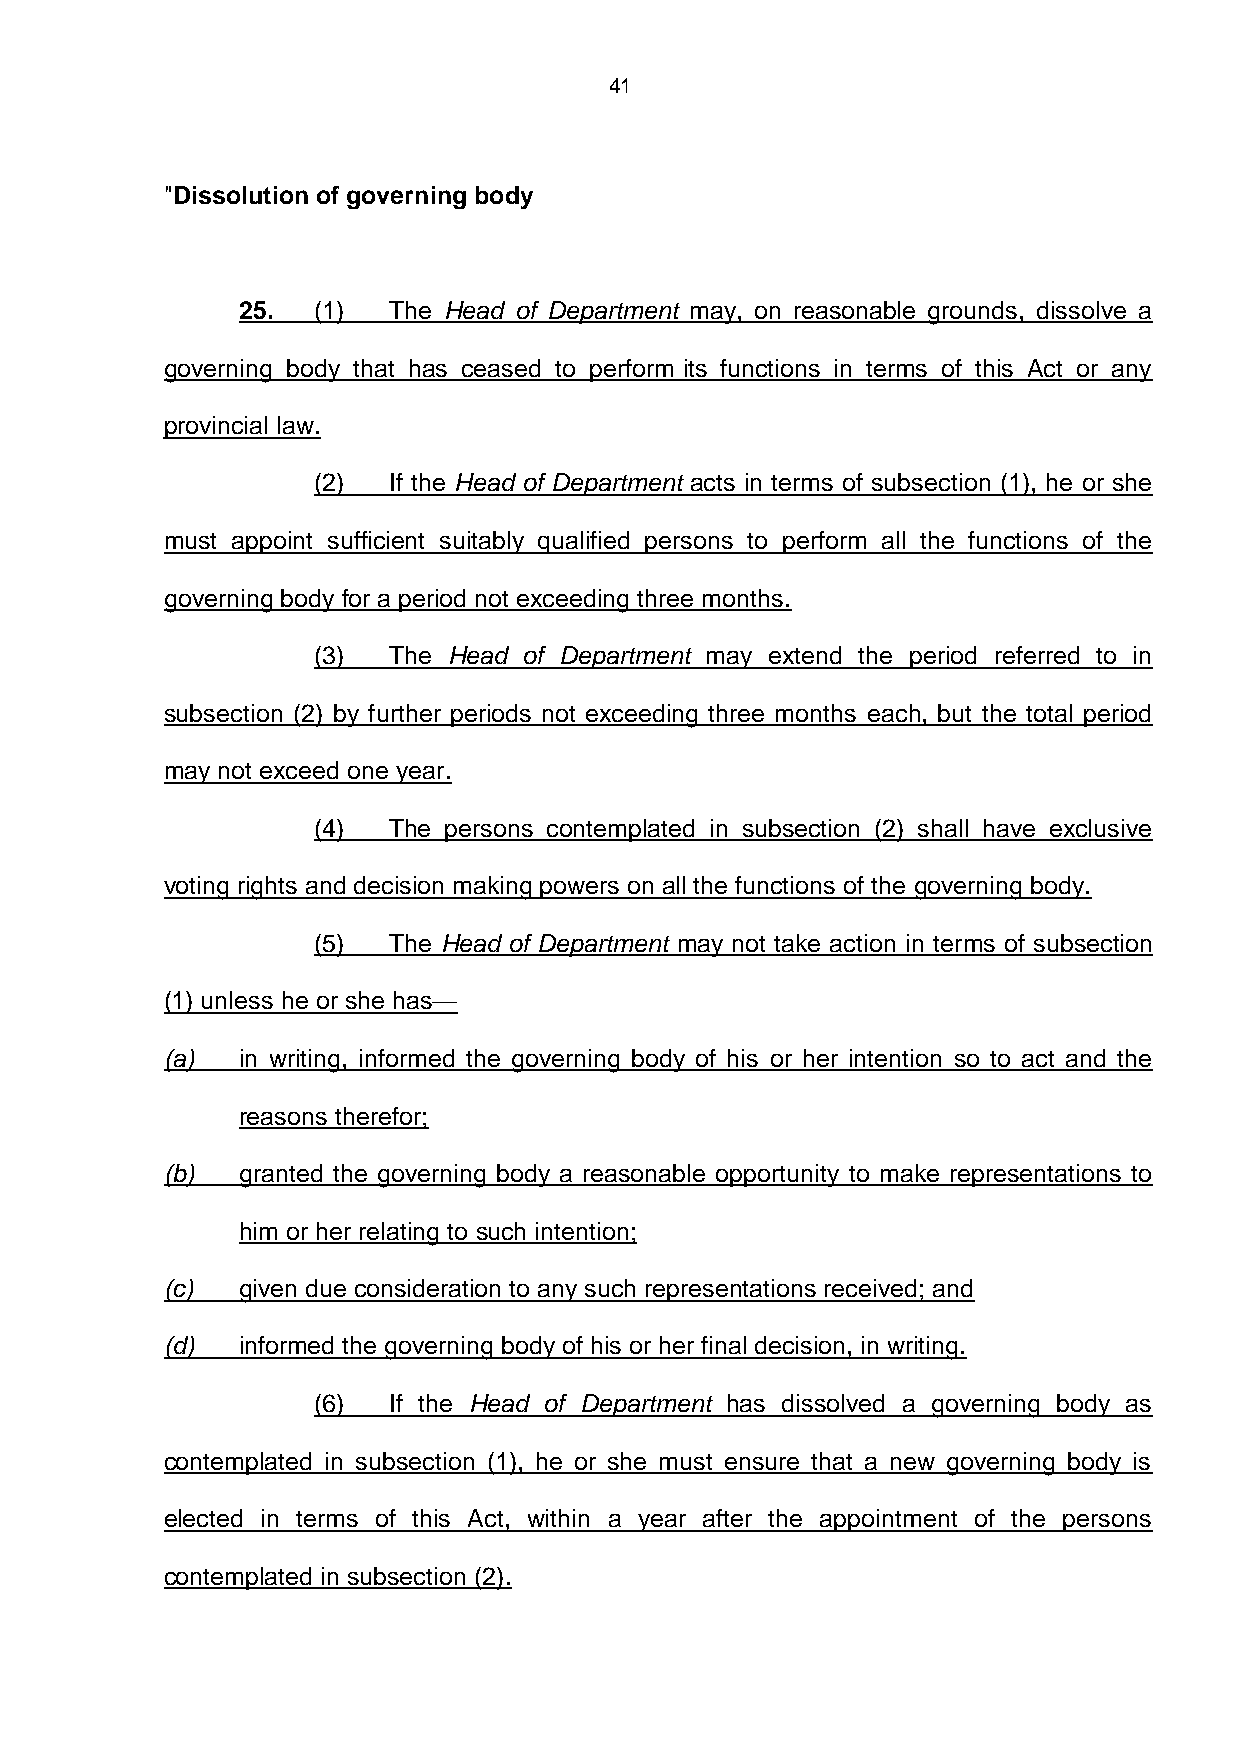
41
 "Dissolution of governing body
 25.  (1)  The Head of Department may, on reasonable grounds, dissolve a
 governing body that has ceased to perform its functions in terms of this Act or any
 provincial law.
 (2)  If the Head of Department acts in terms of subsection (1), he or she
 must appoint sufficient suitably qualified persons to perform all the functions of the
 governing body for a period not exceeding three months.
 (3)  The Head of Department may extend the period referred to in
 subsection (2) by further periods not exceeding three months each, but the total period
 may not exceed one year.
 (4)  The persons contemplated in subsection (2) shall have exclusive
 voting rights and decision making powers on all the functions of the governing body.
 (5)  The Head of Department may not take action in terms of subsection
 (1) unless he or she has—
 (a)  in writing, informed the governing body of his or her intention so to act and the
 reasons therefor;
 (b)  granted the governing body a reasonable opportunity to make representations to
 him or her relating to such intention;
 (c)  given due consideration to any such representations received; and
 (d)  informed the governing body of his or her final decision, in writing.
 (6)  If the Head of Department has dissolved a governing body as
 contemplated in subsection (1), he or she must ensure that a new governing body is
 elected in terms of this Act, within a year after the appointment of the persons
 contemplated in subsection (2).